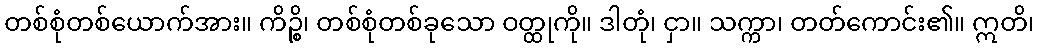
တစ်စုံတစ်ယောက်အား။ ကိဉ္စိ၊ တစ်စုံတစ်ခုသော ဝတ္ထုကို။ ဒါတုံ၊ ငှာ။ သက္ကာ၊ တတ်ကောင်း၏။ ဣတိ၊